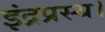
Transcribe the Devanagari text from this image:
इंद्रप्रस्थ।